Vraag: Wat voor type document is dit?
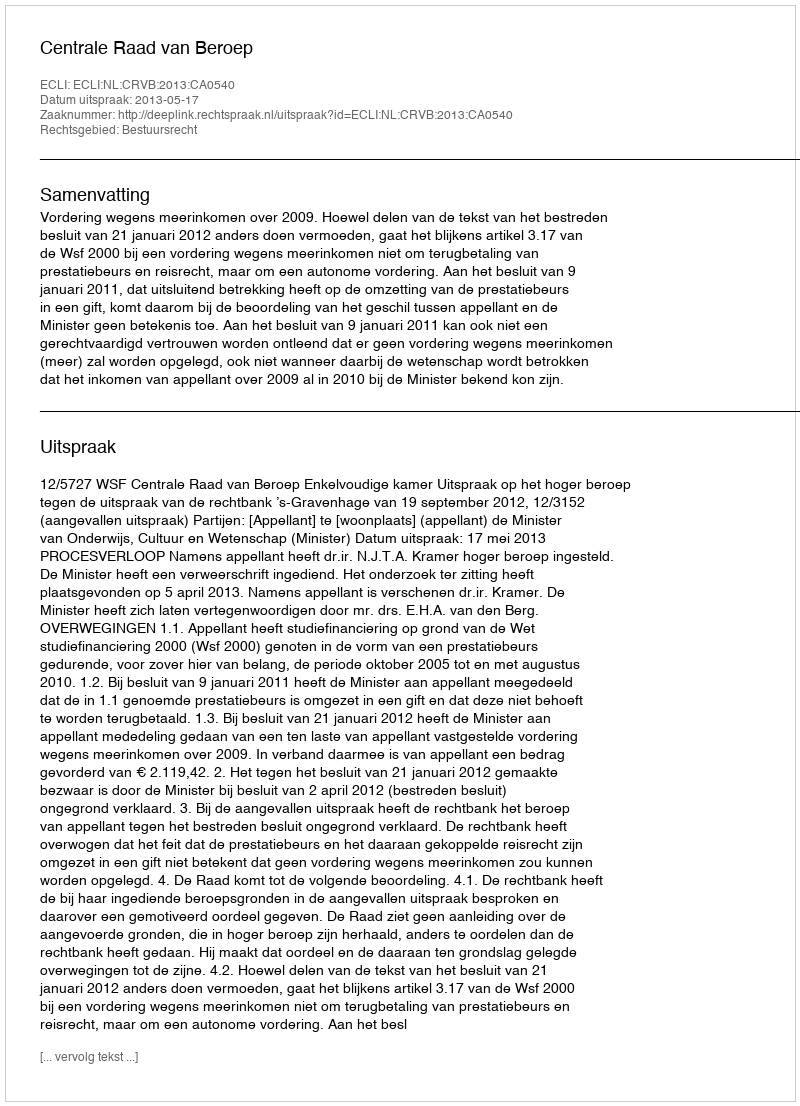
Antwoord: Uitspraak